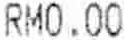
RM0.00